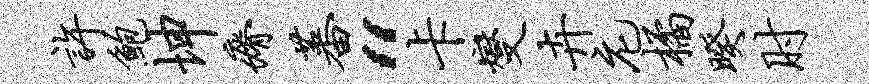
许鲍坤瘠蕃“卡燮卉庀橘暌肘